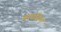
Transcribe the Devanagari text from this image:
बाघसिन्ह